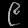
Digit: ၉